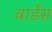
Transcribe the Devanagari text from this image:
बार्डेस